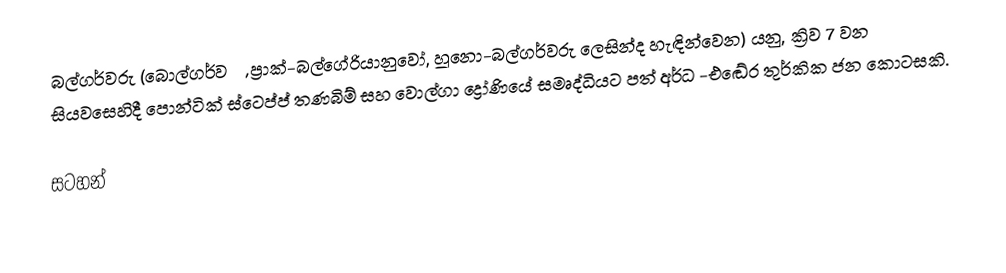
බල්ගර්වරු (බොල්ගර්වරු, ප්‍රාක්-බල්ගේරියානුවෝ, හූනො-බල්ගර්වරු ලෙසින්ද හැඳින්වෙන)  යනු,  ක්‍රිව 7 වන සියවසෙහිදී   පොන්ටික් ස්ටෙප්ප් තණබිම් සහ වොල්ගා ද්‍රෝණියේ සමෘද්ධියට පත්  අර්ධ -එඬේර තුර්කික ජන කොටසකි.

සටහන්